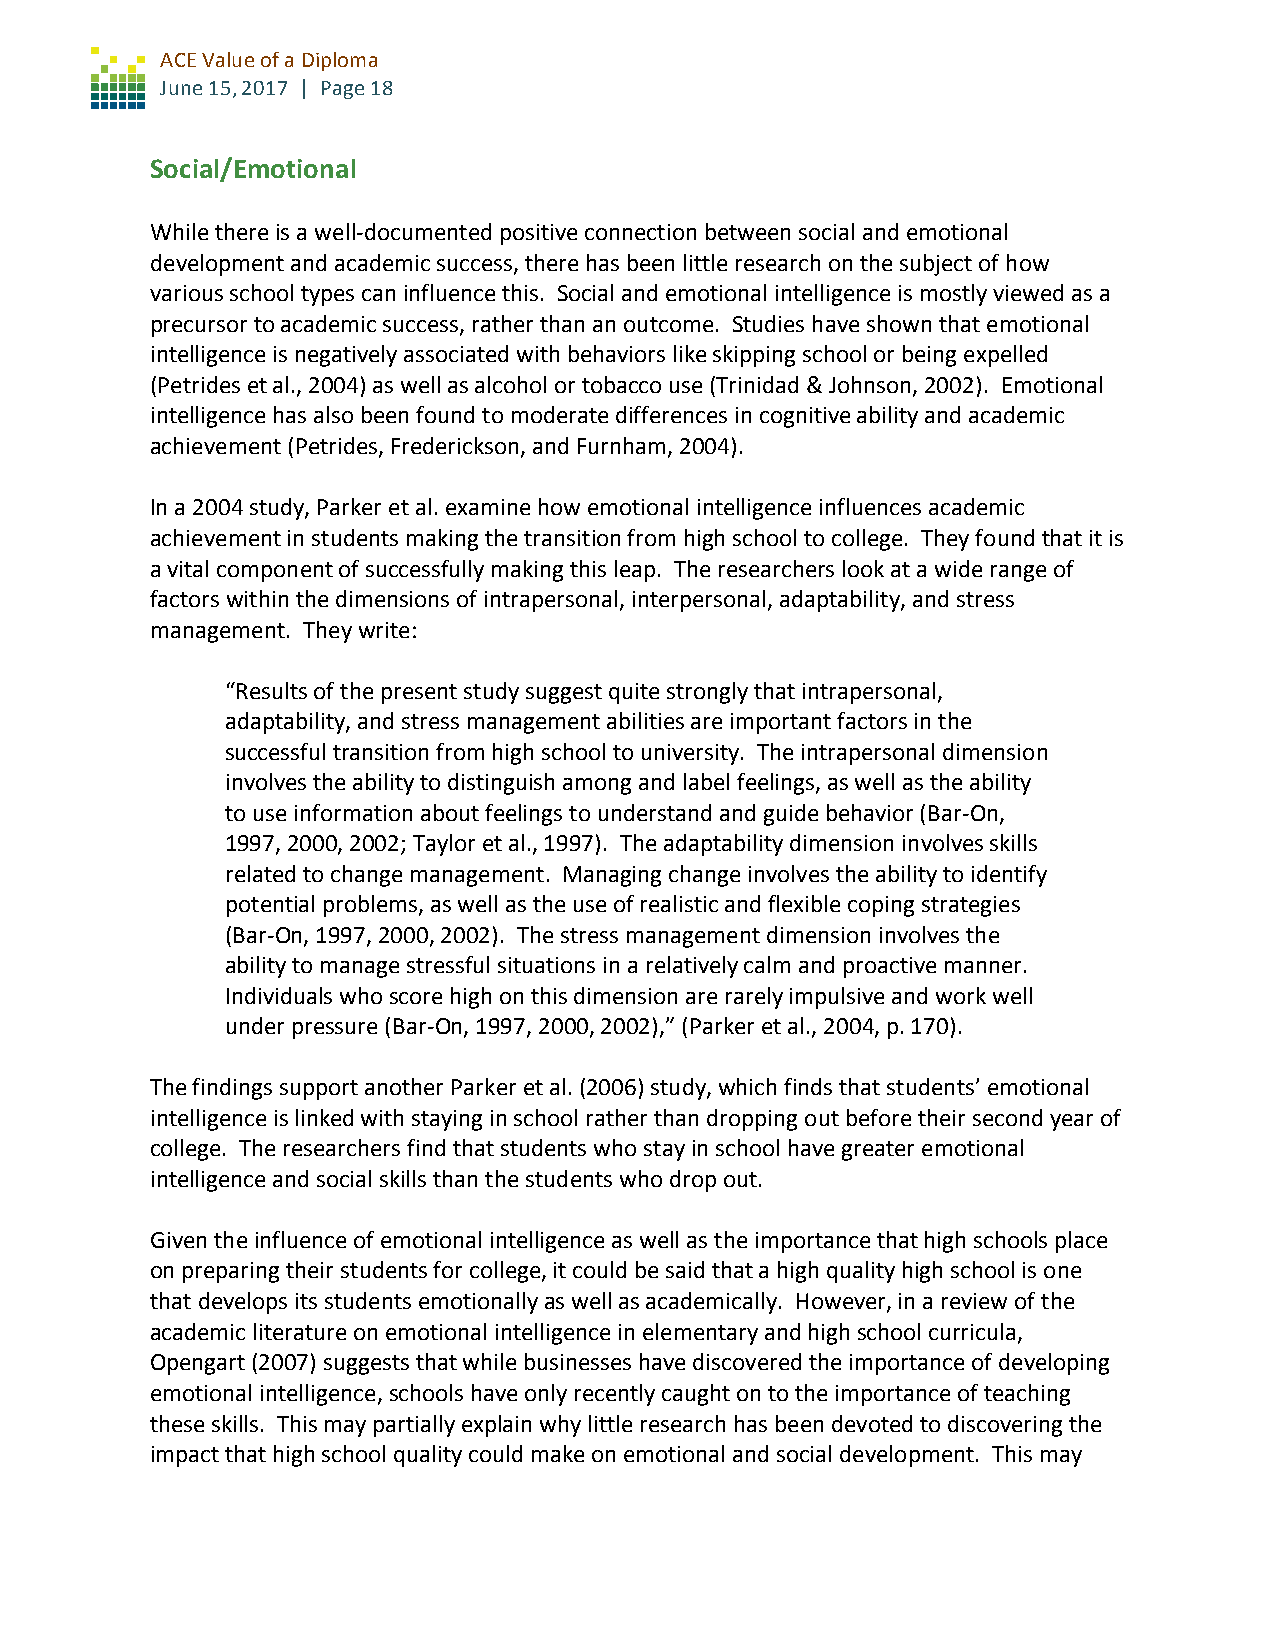
ACE Value of a Diploma
 June 15, 2017 | Page 18
 Social/Emotional
 While there is a well-documented positive connection between social and emotional
 development and academic success, there has been little research on the subject of how
 various school types can influence this. Social and emotional intelligence is mostly viewed as a
 precursor to academic success, rather than an outcome. Studies have shown that emotional
 intelligence is negatively associated with behaviors like skipping school or being expelled
 (Petrides et al., 2004) as well as alcohol or tobacco use (Trinidad & Johnson, 2002). Emotional
 intelligence has also been found to moderate differences in cognitive ability and academic
 achievement (Petrides, Frederickson, and Furnham, 2004).
 In a 2004 study, Parker et al. examine how emotional intelligence influences academic
 achievement in students making the transition from high school to college. They found that it is
 a vital component of successfully making this leap. The researchers look at a wide range of
 factors within the dimensions of intrapersonal, interpersonal, adaptability, and stress
 management. They write:
 “Results of the present study suggest quite strongly that intrapersonal,
 adaptability, and stress management abilities are important factors in the
 successful transition from high school to university. The intrapersonal dimension
 involves the ability to distinguish among and label feelings, as well as the ability
 to use information about feelings to understand and guide behavior (Bar-On,
 1997, 2000, 2002; Taylor et al., 1997). The adaptability dimension involves skills
 related to change management. Managing change involves the ability to identify
 potential problems, as well as the use of realistic and flexible coping strategies
 (Bar-On, 1997, 2000, 2002). The stress management dimension involves the
 ability to manage stressful situations in a relatively calm and proactive manner.
 Individuals who score high on this dimension are rarely impulsive and work well
 under pressure (Bar-On, 1997, 2000, 2002),” (Parker et al., 2004, p. 170).
 The findings support another Parker et al. (2006) study, which finds that students’ emotional
 intelligence is linked with staying in school rather than dropping out before their second year of
 college. The researchers find that students who stay in school have greater emotional
 intelligence and social skills than the students who drop out.
 Given the influence of emotional intelligence as well as the importance that high schools place
 on preparing their students for college, it could be said that a high quality high school is one
 that develops its students emotionally as well as academically. However, in a review of the
 academic literature on emotional intelligence in elementary and high school curricula,
 Opengart (2007) suggests that while businesses have discovered the importance of developing
 emotional intelligence, schools have only recently caught on to the importance of teaching
 these skills. This may partially explain why little research has been devoted to discovering the
 impact that high school quality could make on emotional and social development. This may